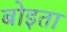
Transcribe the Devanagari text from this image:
बोइता